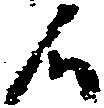
候